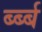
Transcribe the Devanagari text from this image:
र्ब्ब्ब